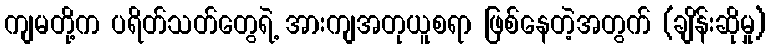
ကျမတို့က ပရိတ်သတ်တွေရဲ့ အားကျအတုယူစရာ ဖြစ်နေတဲ့အတွက် (ချိန်းဆိုမှု)